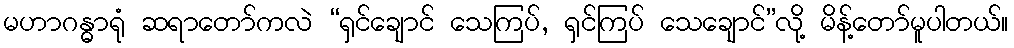
မဟာဂန္ဓာရုံ ဆရာတော်ကလဲ “ရှင်ချောင် သေကြပ်, ရှင်ကြပ် သေချောင်”လို့ မိန့်တော်မူပါတယ်။